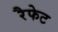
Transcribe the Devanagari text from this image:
रैफेट